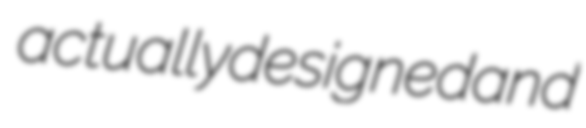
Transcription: actually designed and